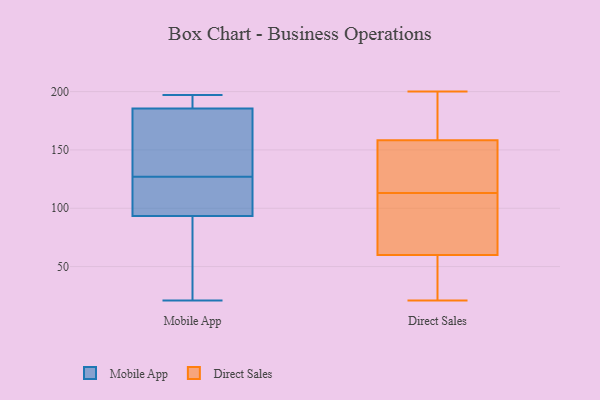
{"axis": {"x": "Shipments", "y": "Value"}, "legend": ["Direct Sales", "Mobile App"], "data": [{"x": "", "y": 189, "type": "Mobile App"}, {"x": "", "y": 96, "type": "Mobile App"}, {"x": "", "y": 172, "type": "Mobile App"}, {"x": "", "y": 96, "type": "Mobile App"}, {"x": "", "y": 197, "type": "Mobile App"}, {"x": "", "y": 85, "type": "Mobile App"}, {"x": "", "y": 185, "type": "Mobile App"}, {"x": "", "y": 116, "type": "Mobile App"}, {"x": "", "y": 131, "type": "Mobile App"}, {"x": "", "y": 56, "type": "Mobile App"}, {"x": "", "y": 187, "type": "Mobile App"}, {"x": "", "y": 21, "type": "Mobile App"}, {"x": "", "y": 127, "type": "Mobile App"}, {"x": "", "y": 74, "type": "Direct Sales"}, {"x": "", "y": 150, "type": "Direct Sales"}, {"x": "", "y": 60, "type": "Direct Sales"}, {"x": "", "y": 60, "type": "Direct Sales"}, {"x": "", "y": 73, "type": "Direct Sales"}, {"x": "", "y": 159, "type": "Direct Sales"}, {"x": "", "y": 42, "type": "Direct Sales"}, {"x": "", "y": 158, "type": "Direct Sales"}, {"x": "", "y": 91, "type": "Direct Sales"}, {"x": "", "y": 180, "type": "Direct Sales"}, {"x": "", "y": 147, "type": "Direct Sales"}, {"x": "", "y": 200, "type": "Direct Sales"}, {"x": "", "y": 131, "type": "Direct Sales"}, {"x": "", "y": 113, "type": "Direct Sales"}, {"x": "", "y": 58, "type": "Direct Sales"}, {"x": "", "y": 188, "type": "Direct Sales"}, {"x": "", "y": 21, "type": "Direct Sales"}]}